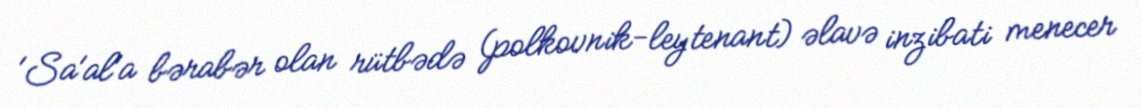
'Sa'al'a bərabər olan rütbədə (polkovnik-leytenant) əlavə inzibati menecer